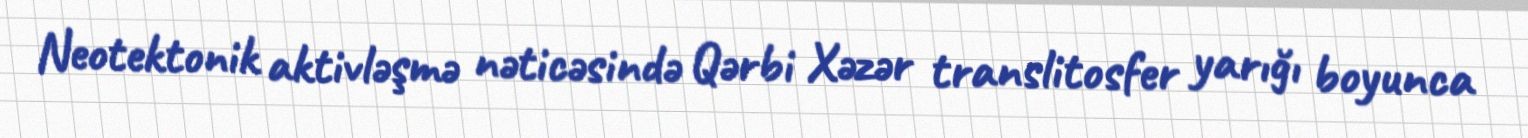
Neotektonik aktivləşmə nəticəsində Qərbi Xəzər translitosfer yarığı boyunca